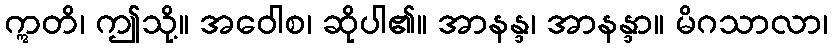
ဣတိ၊ ဤသို့။ အဝေါစ၊ ဆိုပါ၏။ အာနန္ဒ၊ အာနန္ဒာ။ မိဂသာလာ၊